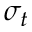
\sigma _ { t }